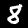
Label: 8